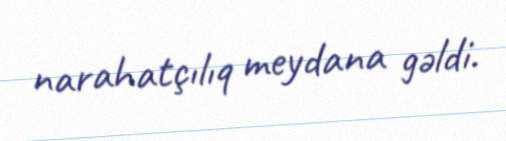
narahatçılıq meydana gəldi.